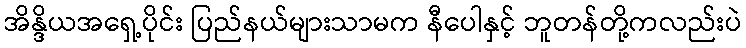
အိန္ဒိယအရှေ့ပိုင်း ပြည်နယ်များသာမက နီပေါနှင့် ဘူတန်တို့ကလည်းပဲ